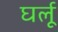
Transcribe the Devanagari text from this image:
घर्लू